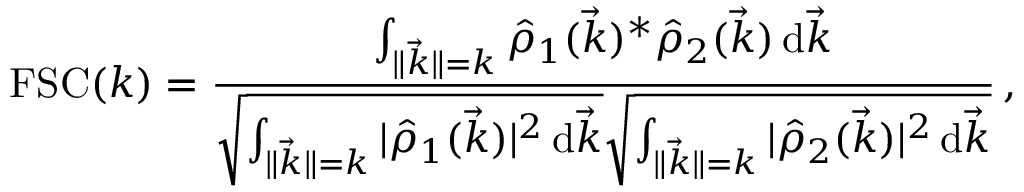
\mathrm { F S C } ( k ) = \frac { \int _ { \lVert \vec { k } \rVert = k } \hat { \rho } _ { 1 } ( \vec { k } ) ^ { * } \hat { \rho } _ { 2 } ( \vec { k } ) \, \mathrm d \vec { k } } { \sqrt { \int _ { \lVert \vec { k } \rVert = k } | \hat { \rho } _ { 1 } ( \vec { k } ) | ^ { 2 } \, \mathrm d \vec { k } } \sqrt { \int _ { \lVert \vec { k } \rVert = k } | \hat { \rho } _ { 2 } ( \vec { k } ) | ^ { 2 } \, \mathrm d \vec { k } } } \, ,